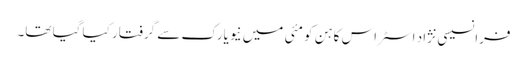
فرانسیسی نژاد اسٹراس کاہن کو مئی میں نیویارک سے گرفتار کیا گیا تھا۔